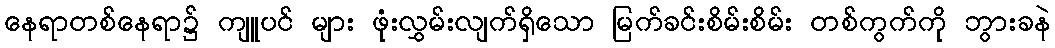
နေရာတစ်နေရာ၌ ကျူပင် များ ဖုံးလွှမ်းလျက်ရှိသော မြက်ခင်းစိမ်းစိမ်း တစ်ကွက်ကို ဘွားခနဲ